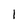
Character: 1